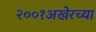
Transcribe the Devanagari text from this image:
२००१अखेरच्या